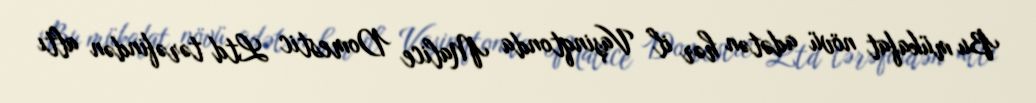
Bu mükafat növü adətən hər il Vaşinqtonda Malice Domestic Ltd tərəfindən altı